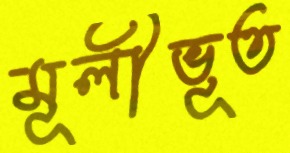
মূলীভূত